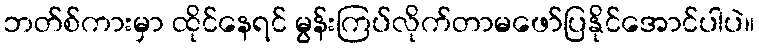
ဘတ်စ်ကားမှာ ထိုင်နေရင် မွန်းကြပ်လိုက်တာမဖော်ပြနိုင်အောင်ပါပဲ။